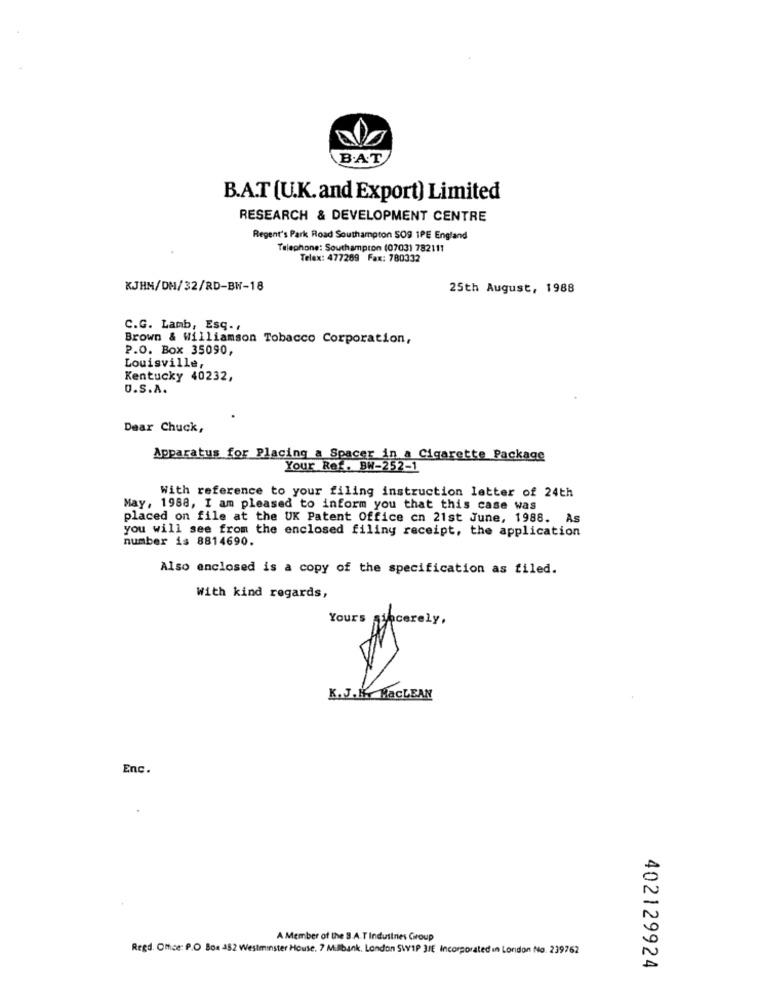
B.A.T
B.A.T (U.K. and Export) Limited
RESEARCH & DEVELOPMENT CENTRE
Regent's Park Road Southampton SO9 1PE England
Telephone: Southampton (0703) 782111
Telex: 477209 Fax: 780332
KJHM/ON/32/RD-BW-18
25th August, 1988
C.G. Lamb, Esq .,
Brown & Williamson Tobacco Corporation,
P.O. Box 35090,
Louisville,
Kentucky 40232,
U.S.A.
Dear Chuck,
Apparatus for Placing a Spacer in a Cigarette Package
Your Ref. BW-252-1
With reference to your filing instruction letter of 24th
May, 1988, I am pleased to inform you that this case was
placed on file at the UK Patent Office cn 21st June, 1988. As
you will see from the enclosed filing receipt, the application
number is 8814690.
Also enclosed is a copy of the specification as filed.
With kind regards,
Yours
rely,
K. J.K. HacLEAN
Enc.
A Member of the 3.A.T Industries Group
Regd. Office: P.O Box 452 Westminster House. 7 Millbank. London SWVIP 31E Incorporated in London No. 239762
402129924